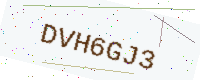
Text: DVH6GJ3